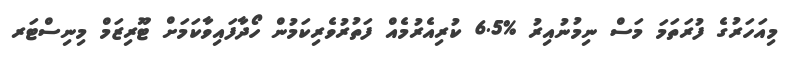
މިއަހަރުގެ ފުރަތަމަ މަސް ނިމުނުއިރު %6.5 ކުރިއެރުމެއް ފަތުރުވެރިކަމުން ހޯދާފައިވާކަމަށް ޓޫރިޒަމް މިނިސްޓަރ